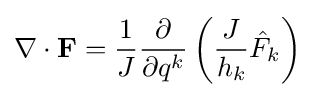
\nabla \cdot \mathbf {F} ={\frac {1}{J}}{\frac {\partial }{\partial q^{k}}}\left({\frac {J}{h_{k}}}{\hat {F}}_{k}\right)